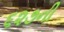
૬૨૭ની